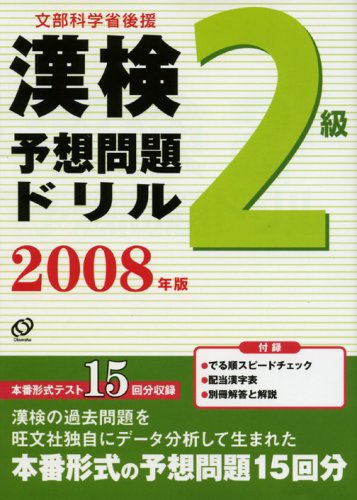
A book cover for Grade 2 expected to issue drill Kanken - sponsored by the Ministry of Education, Culture, Sports, Science (2008) (2006) ISBN: 401092327X [Japanese Import]; Sports & Outdoors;